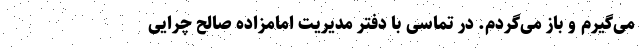
می‌گیرم و باز می‌گردم. در تماسی با دفتر مدیریت امامزاده صالح چرایی